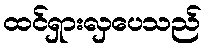
ထင်ရှားလှပေသည်